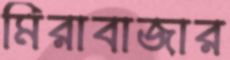
মিরাবাজার